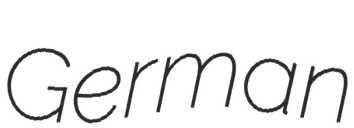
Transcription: German